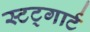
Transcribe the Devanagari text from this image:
स्टट्गार्ट